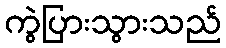
ကွဲပြားသွားသည်